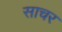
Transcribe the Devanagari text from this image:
साचर